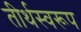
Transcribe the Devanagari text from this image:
तीर्थस्वरूप